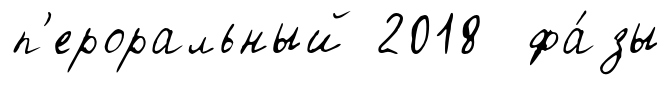
п'ероральный 2018 фа́зы